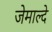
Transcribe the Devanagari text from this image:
जेमाल्दे